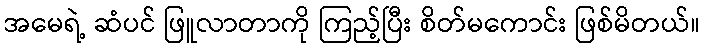
အမေရဲ့ ဆံပင် ဖြူလာတာကို ကြည့်ပြီး စိတ်မကောင်း ဖြစ်မိတယ်။